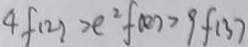
4 f ( 2 ) > e ^ { 2 } f ( e ) > 9 f ( 3 )